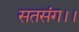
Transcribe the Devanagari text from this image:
सतसंग।।